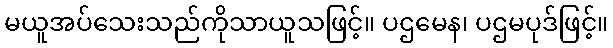
မယူအပ်သေးသည်ကိုသာယူသဖြင့်။ ပဌမေန၊ ပဌမပုဒ်ဖြင့်။